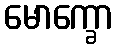
မောက္ခော